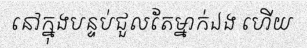
នៅក្នុងបន្ទប់ជួលតែម្នាក់ឯង ហើយ